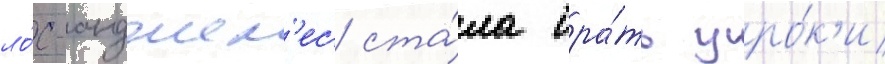
ло́с-анджел'ес ста́ла бра́ть уро́к'и